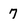
Character: 7